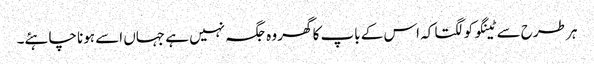
ہر طرح سے ٹینگو کو لگتا کہ اس کے باپ کا گھر وہ جگہ نہیں ہے جہاں اسے ہونا چاہئے۔